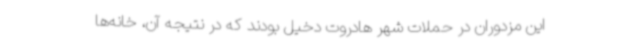
این مزدوران در حملات شهر هادروت دخیل بودند که در نتیجه آن، خانه‌ها